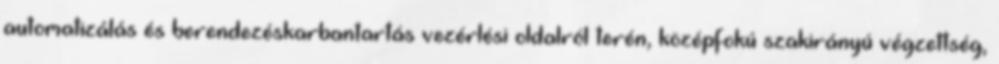
automatizálás és berendezéskarbantartás vezérlési oldalról terén, középfokú szakirányú végzettség,